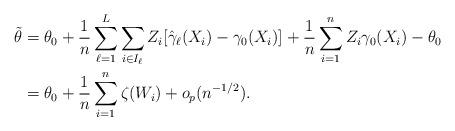
LaTeX: \begin{align*}\tilde{\theta} & =\theta_{0}+\frac{1}{n}\sum_{\ell=1}^{L}\sum_{i\in I_{\ell}}Z_{i}[\hat{\gamma}_{\ell}(X_{i})-\gamma_{0}(X_{i})]+\frac{1}{n}\sum_{i=1}^{n}Z_{i}\gamma_{0}(X_{i})-\theta_{0}\\& =\theta_{0}+\frac{1}{n}\sum_{i=1}^{n}\zeta(W_{i})+o_{p}(n^{-1/2}).\end{align*}